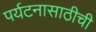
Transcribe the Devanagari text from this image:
पर्यटनासाठीची